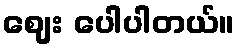
ဈေး ပေါပါတယ်။